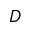
\boldsymbol { D }